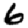
Digit: 6